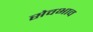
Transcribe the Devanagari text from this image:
सेवभाव